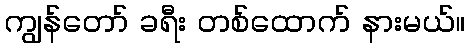
ကျွန်တော် ခရီး တစ်ထောက် နားမယ်။